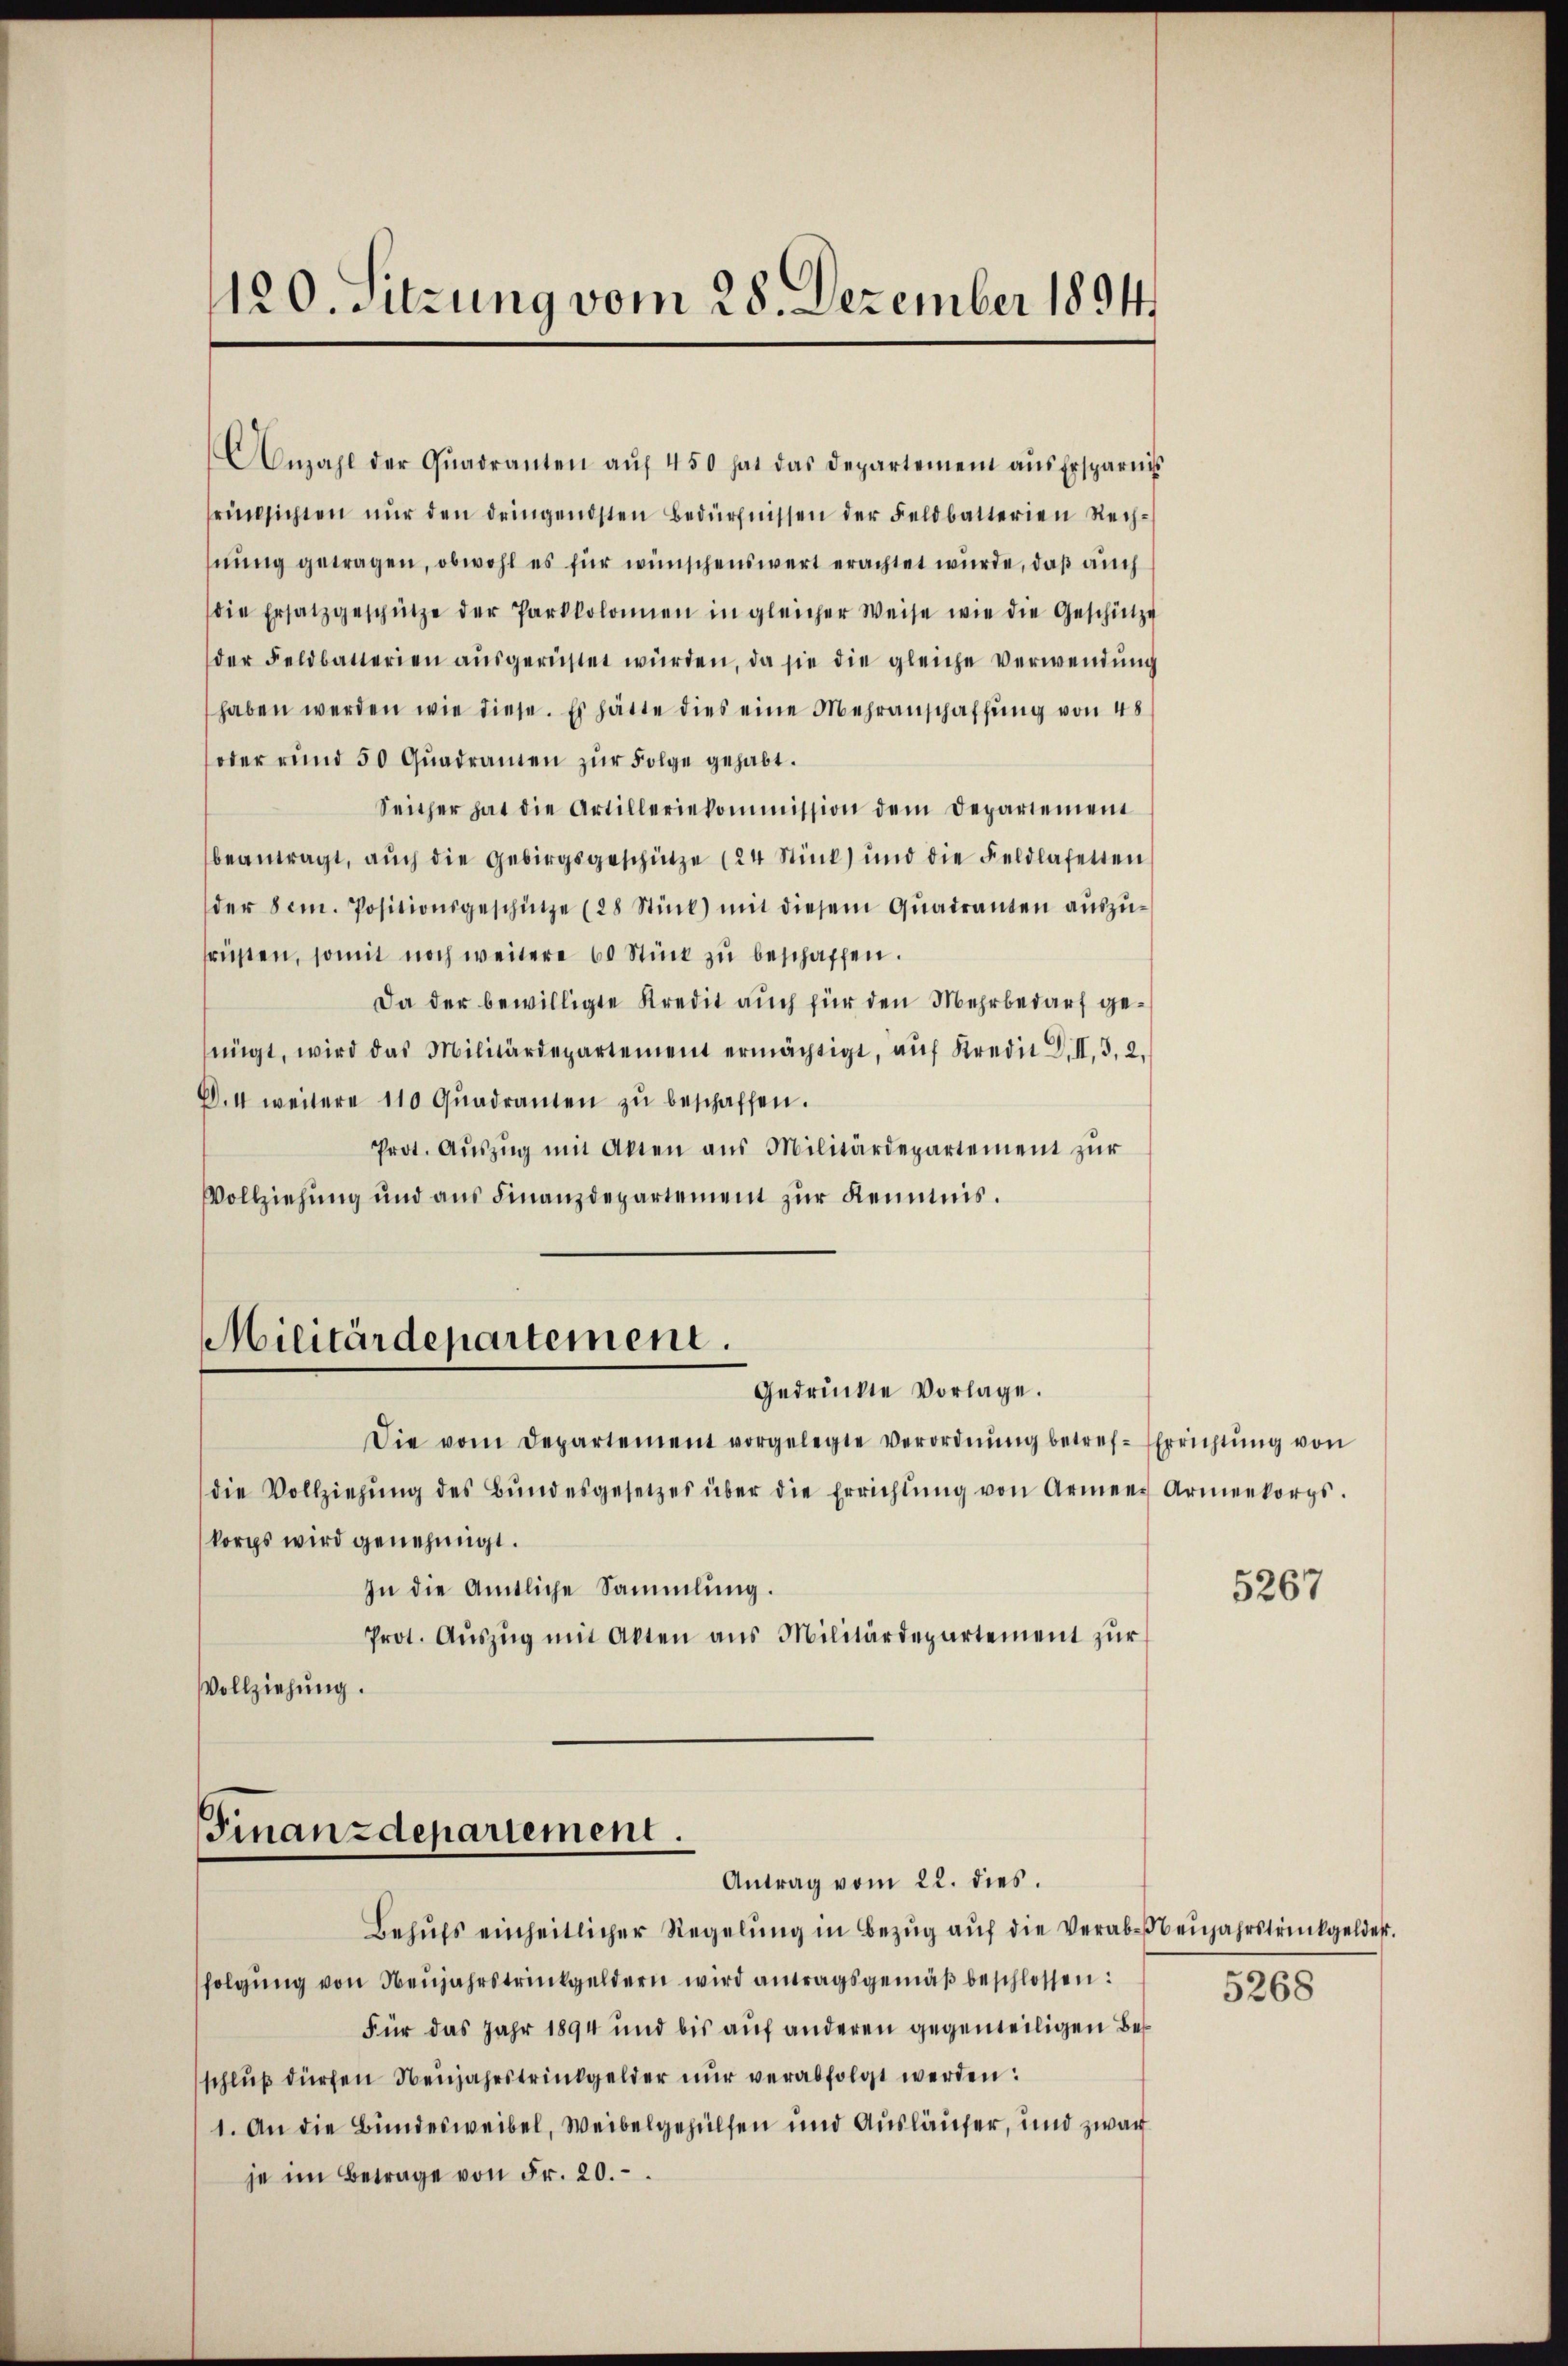
120. Sitzung vom 28. Dezember 1894

Anzahl der Qŭadranten aŭf 450 hat das Departement aŭs Ersparnis
rücksichten nŭr den dringendsten Bedürfnissen der Feldbatterien Rechhnung getragen, obwohl es für wünschenswert erachtet wurde, daß auch
die Ersatz geschütze der Parkkolonien in gleicher Weise wie die Geschütze
der Feldbatterien aŭsgerüstet würden, da sie die gleiche Verwendung
haben werden wie diese. Es hätte dies eine Mehranschaffŭng von 48
oder rund 50 Qŭadramen zŭr Folge gehabt.
Seither hat die Artilleriekommission dem Departement
beantragt, aŭch die Gebirgsgeschütze (24 Stick) und die Feldhafetten
der Sem. Positionsgeschütze (28 Stück mit diesem Qŭadranten aŭszŭ-
früsten, somit noch weitere 60 Stück zŭ beschaffen.
Da der bewilligte Kredit auch für den Mehrbedarf genügt, wird das Militärdepartement ermächtigt, aŭf Kredit L. II. 3. 2.
D.4 weitere 110 Qŭadranten zŭ beschaffen.
Prot. Auszug mit Akten aus Militärdepartement zur
Vollziehung und aus Finanzdepartement zur Kenntnis.
Militärdepartement.
Gedrückte Vorlage.
Die vom Departement vorgelegte Verordnŭng betref- Errichtŭng von
die Vollziehŭng des Bŭndesgesetzes über die Errichtŭng von Armens Armenkorps.
korps wird genehmigt.
In die Amtliche Sammlung.
Prot. Aŭszŭg mit Akten ans Militärdepartement zŭr
Vollziehung.

Finanzdepariement.
Antrag vom 22. dies.

Behufs einheitlicher Regelung in Bezug auf die Verabbenjahrstrückgelder.
folgŭng von Neujahrstrinkgeldern wird antragsgemäß beschlossen:
Für das Jahr 1894 und bis auf anderen gegenteiligen Besschlŭβ dürfen Neujahrstrinkgelder nur verabfolgt werden:
1. An die Bundesweibel, Weibelgehülfen und Ausläufer, und zwar
je im Betrage von Fr. 20.

5267

5268